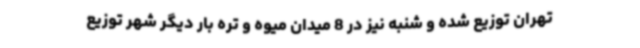
تهران توزیع شده و شنبه نیز در 8 میدان میوه و تره بار دیگر شهر توزیع